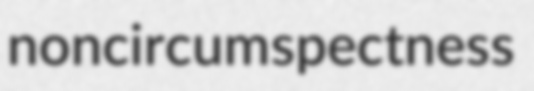
noncircumspectness